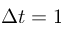
\Delta t = 1